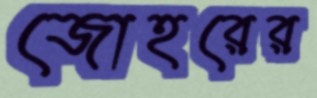
জোহরের